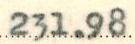
231.98